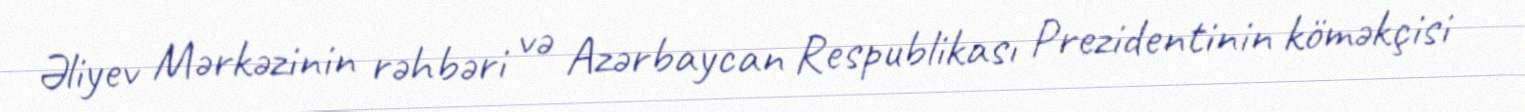
Əliyev Mərkəzinin rəhbəri və Azərbaycan Respublikası Prezidentinin köməkçisi